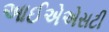
આઈએએસટી